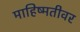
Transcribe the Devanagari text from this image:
माहिष्मतीवर